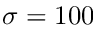
\sigma = 1 0 0